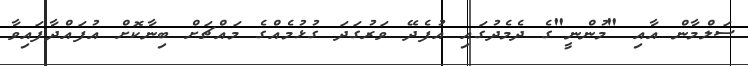
ސަލްމާން އާއި "މުންނީ"ގެ ދެމެދުގައި އުފެދޭ ވަރުގަދަ ގުޅުމެއްގެ މައްޗަށް ބިނާކޮށް އުފައްދާފައިވާ